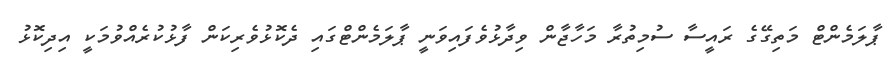
ޕާލަމެންޓް މަތިގޭގެ ރައީސާ ސުމިތުރާ މަހާޖާން ވިދާޅުވެފައިވަނީ ޕާލަމެންޓްގައި ދެކޮޅުވެރިކަން ފާޅުކުރެއްވުމަކީ އިދިކޮޅު